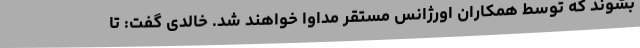
بشوند که توسط همکاران اورژانس مستقر مداوا خواهند شد. خالدی گفت: تا